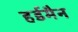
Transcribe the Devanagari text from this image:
हर्डमैन